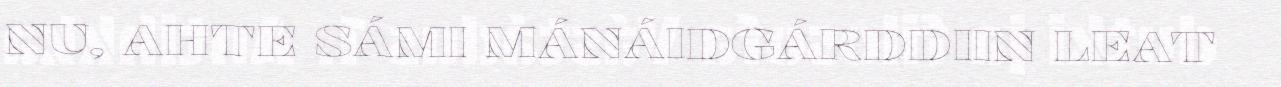
NU, AHTE SÁMI MÁNÁIDGÁRDDIIN LEAT